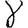
Digit: 8